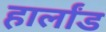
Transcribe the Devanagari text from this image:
हार्लांड